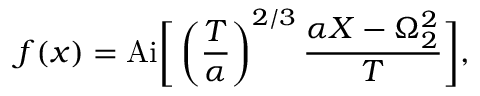
f ( x ) = \mathrm { A i } \bigg [ \left( \frac { T } { \alpha } \right) ^ { 2 / 3 } \frac { \alpha X - \Omega _ { 2 } ^ { 2 } } { T } \bigg ] ,